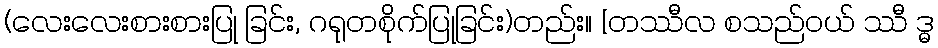
(လေးလေးစားစားပြု ခြင်း, ဂရုတစိုက်ပြုခြင်း)တည်း။ [တဿီလ စသည်ဝယ် ဿီ ဒ္ဓ